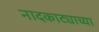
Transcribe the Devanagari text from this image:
नादकाट्याच्या